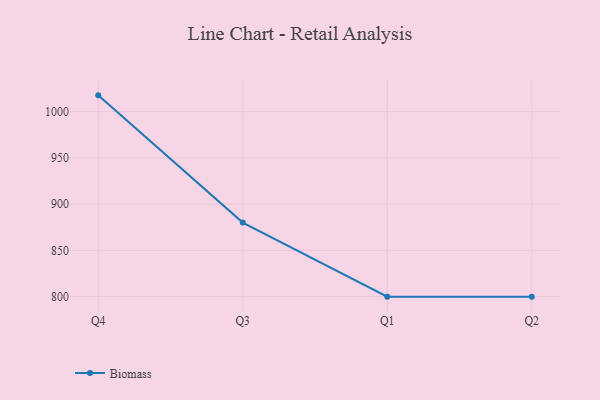
{"axis": {"x": "Quarter", "y": "Energy Usage (MWh)"}, "legend": ["Biomass"], "data": [{"x": "Q4", "y": 1017.6, "type": "Biomass"}, {"x": "Q3", "y": 880.1, "type": "Biomass"}, {"x": "Q1", "y": 800, "type": "Biomass"}, {"x": "Q2", "y": 800, "type": "Biomass"}]}